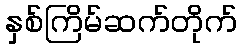
နှစ်ကြိမ်ဆက်တိုက်